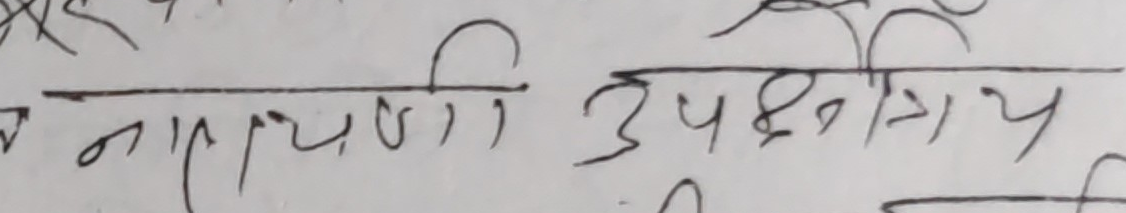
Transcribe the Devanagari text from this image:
नमाधिणी उपक्षेत्रिय